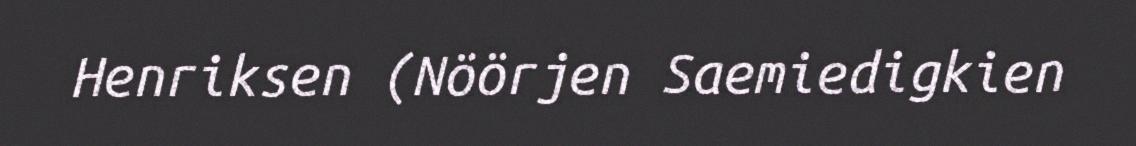
Henriksen (Nöörjen Saemiedigkien